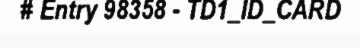
# Entry 98358 - TD1_ID_CARD